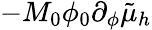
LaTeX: -M_{0}\phi_{0}\partial_{\phi}\tilde{\mu}_{h}